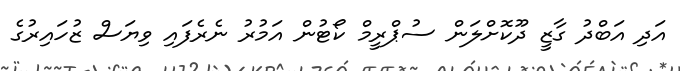
އަދި އަބްދު ގާޒީ ދޫކޮށްލަން ސުޕްރީމް ކޯޓުން އަމުރު ނެރެފައި ވިޔަސް ޒުހައިރުގެ